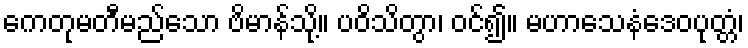
ကေတုမတီမည်သော ဗိမာန်သို့။ ပဝိသိတွာ၊ ဝင်၍။ မဟာသေနံဒေဝပုတ္တံ၊